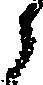
ら